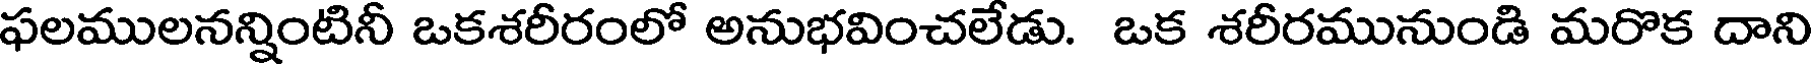
ఫలములనన్నింటినీ ఒకశరీరంలో అనుభవించలేడు. ఒక శరీరమునుండి మరొక దాని